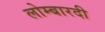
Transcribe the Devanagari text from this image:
लोम्बारदी